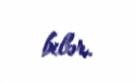
bilər.